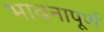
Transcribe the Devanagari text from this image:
भावनापूर्ण